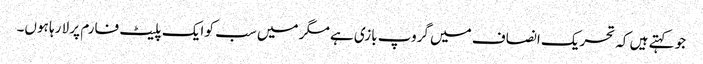
جو کہتے ہیں کہ تحریک انصاف میں گروپ بازی ہے مگر میں سب کو ایک پلیٹ فارم پر لا رہا ہوں۔